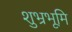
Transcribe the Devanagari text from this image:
शुभ्रभूमि